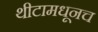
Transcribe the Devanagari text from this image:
थीटामधूनच